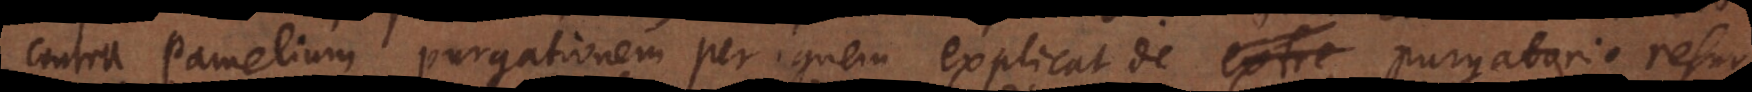
contra Pamelium purgationem per ignem explicat de extre purgatorio resurr